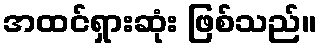
အထင်ရှားဆုံး ဖြစ်သည်။